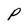
Character: P